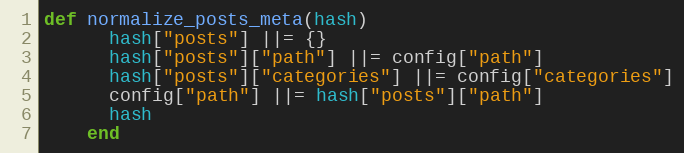
Language: Ruby
def normalize_posts_meta(hash)
      hash["posts"] ||= {}
      hash["posts"]["path"] ||= config["path"]
      hash["posts"]["categories"] ||= config["categories"]
      config["path"] ||= hash["posts"]["path"]
      hash
    end